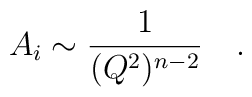
A_i\sim\frac{1}{(Q^2)^{n-2}}\quad.